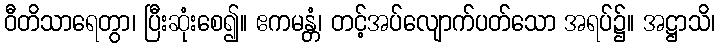
ဝီတိသာရေတွာ၊ ပြီးဆုံးစေ၍။ ဧကမန္တံ၊ တင့်အပ်လျောက်ပတ်သော အရပ်၌။ အဋ္ဌာသိ၊